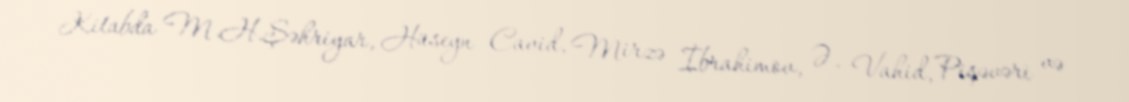
Kitabda M.H.Şəhriyar, Hüseyn Cavid, Mirzə İbrahimov, Ə. Vahid, Pişəvəri və